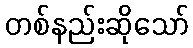
တစ်နည်းဆိုသော်